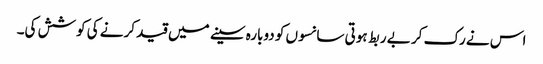
اس نے رک کر بے ربط ہوتی سانسوں کو دوبارہ سینے میں قید کرنے کی کوشش کی۔